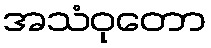
အသံဝုတော